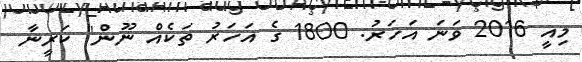
މިއީ 2016 ވަނަ އަހަރު. 1800 ގެ އަހަރު ތަކެއް ނޫން" ކަރީނާ